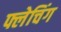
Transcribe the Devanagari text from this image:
फ्लेचिंग